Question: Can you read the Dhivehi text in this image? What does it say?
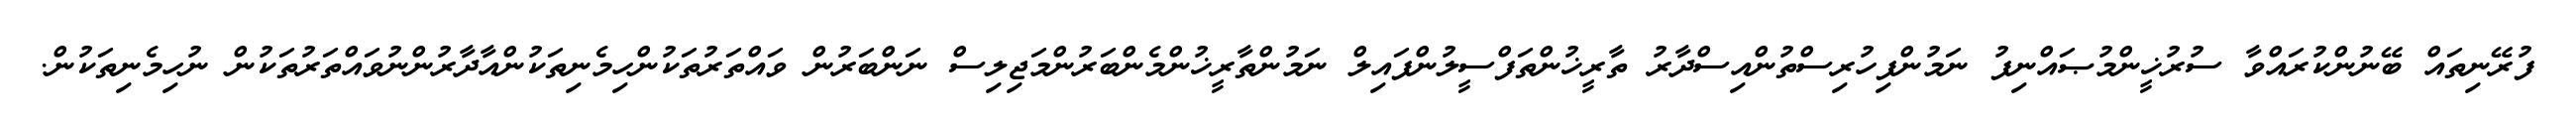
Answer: ފުރޭނިތައް ބޭނުންކުރައްވާ ސުރުޚީންމުޞައްނިފު ނަމުންފިހުރިސްތުންއިސްދާރު ތާރީޚުންތަފްސީލުންފައިލް ނަމުންތާރީޚުންމެންބަރުންމަޖިލިސް ނަންބަރުން ވައްތަރުތަކުންހިމެނިތަކުންއާދާރުންނުވައްތަރުތަކުން ނުހިމެނިތަކުން.